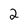
Character: 2